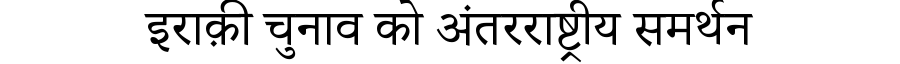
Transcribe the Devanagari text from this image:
इराक़ी चुनाव को अंतरराष्ट्रीय समर्थन